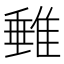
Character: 𨿠